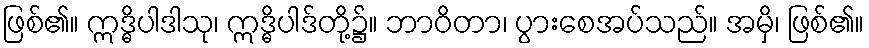
ဖြစ်၏။ ဣဒ္ဓိပါဒါသု၊ ဣဒ္ဓိပါဒ်တို့၌။ ဘာဝိတာ၊ ပွားစေအပ်သည်။ အမှိ၊ ဖြစ်၏။